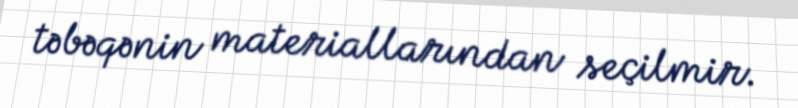
təbəqənin materiallarından seçilmir.